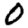
Digit: 0